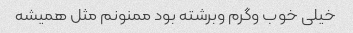
خیلی خوب وگرم وبرشته بود ممنونم مثل همیشه